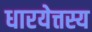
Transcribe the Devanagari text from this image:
धारयेत्तस्य